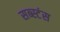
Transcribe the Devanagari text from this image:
सब्स्टंस